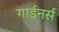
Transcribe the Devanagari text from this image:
गार्डनर्स